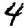
Digit: 4